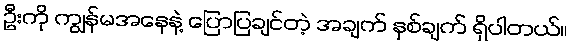
ဦးကို ကျွန်မအနေနဲ့ ပြောပြချင်တဲ့ အချက် နှစ်ချက် ရှိပါတယ်။